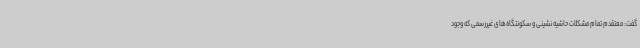
گفت: معتقدم تمام مشکلات حاشیه نشینی و سکونتگاه‌های غیررسمی که وجود